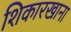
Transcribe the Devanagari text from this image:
शिकारखाना